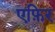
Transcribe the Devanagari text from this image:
एफ़िर